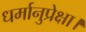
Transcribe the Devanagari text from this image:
धर्मानुप्रेक्षा।